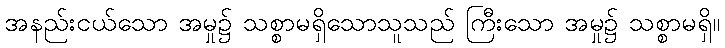
အနည်းငယ်သော အမှု၌ သစ္စာမရှိသောသူသည် ကြီးသော အမှု၌ သစ္စာမရှိ။